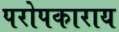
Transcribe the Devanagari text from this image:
परोपकाराय